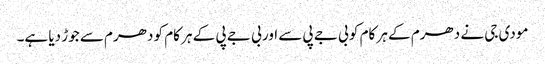
مودی جی نے دھرم کے ہر کام کو بی جے پی سے اور بی جے پی کے ہر کام کو دھرم سے جوڑ دیا ہے۔